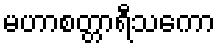
မဟာစတ္တာရီသကော